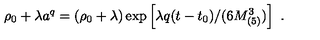
\rho _ { 0 } + \lambda a ^ { q } = \left( \rho _ { 0 } + \lambda \right) \exp \left[ \lambda q ( t - t _ { 0 } ) / ( 6 M _ { ( 5 ) } ^ { 3 } ) \right] \ .